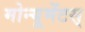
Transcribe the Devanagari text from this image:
मोन्यूमेंटस्